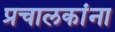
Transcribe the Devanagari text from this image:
प्रचालकांना